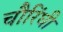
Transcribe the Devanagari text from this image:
चौरिंघी